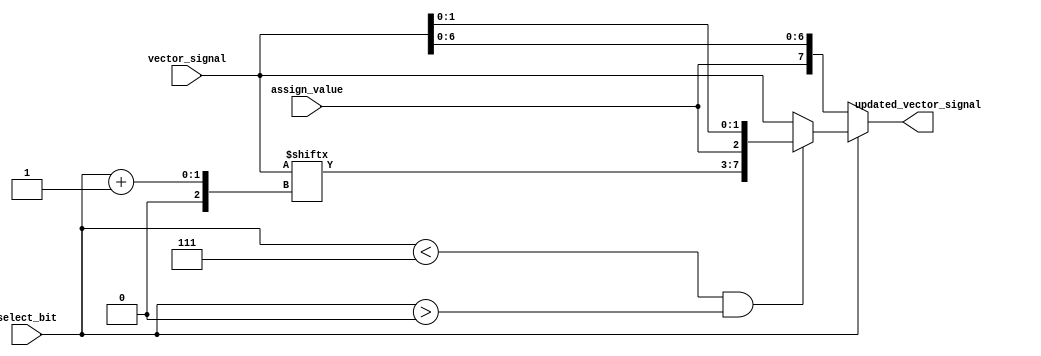
module bit_select_assign(
    input [7:0] vector_signal,
    input select_bit,
    input assign_value,
    output reg [7:0] updated_vector_signal
);

always @(*)
begin
    if (select_bit == 0)
        updated_vector_signal = {assign_value, vector_signal[6:0]};
    else if (select_bit == 7)
        updated_vector_signal = {vector_signal[7:1], assign_value};
    else if (select_bit < 7 && select_bit > 0)
        updated_vector_signal = {vector_signal[7:select_bit+1], assign_value, vector_signal[select_bit-1:0]};
    else
        updated_vector_signal = vector_signal;
end

endmodule